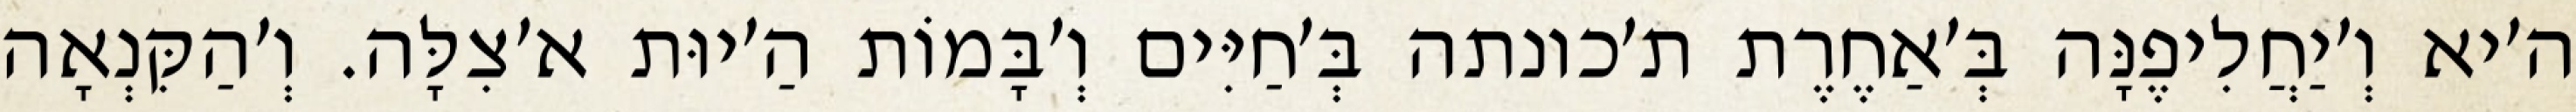
ה׳יא וְ׳יַחֲלִיפֶנָּה בְּ׳אַחֶרֶת ת׳כונתה בְּ׳חַיִּים וְ׳בָּמוֹת הַ׳יוּת א׳צִלָּה. וְ׳הַקִּנְאָה